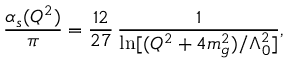
\frac { \alpha _ { s } ( Q ^ { 2 } ) } { \pi } = \frac { 1 2 } { 2 7 } \, \frac { 1 } { \ln [ ( Q ^ { 2 } + 4 m _ { g } ^ { 2 } ) / \Lambda _ { 0 } ^ { 2 } ] } ,